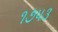
૧૭૫૩